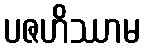
ပဇဟိဿာမ